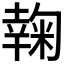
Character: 𰏮